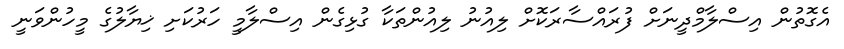
އެގޮތުން އިސްލާމްދީނަށް ފުރައްސާރަކޮށް ލިއުނު ލިއުންތަކާ ގުޅިގެން އިސްލާމީ ހަރުކަށި ޚިޔާލުގެ މީހުންވަނީ